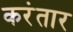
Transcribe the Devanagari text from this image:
करंतार